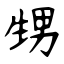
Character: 甥